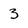
Character: 3